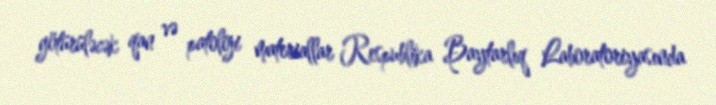
götürüləcək qan və patoloji materiallar Respublika Baytarlıq Laboratoriyasında